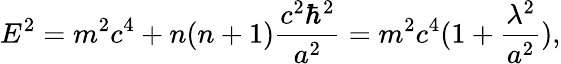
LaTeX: E^{2}=m^{2}c^{4}+n(n+1)\frac{c^{2}\hbar^{2}}{a^{2}}=m^{2}c^{4}(1+\frac{\lambda^{2}}{a^{2}}),